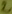
Text: 2